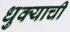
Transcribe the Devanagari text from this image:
धुक्याची